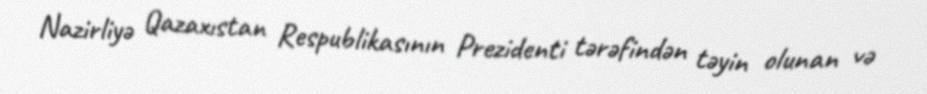
Nazirliyə Qazaxıstan Respublikasının Prezidenti tərəfindən təyin olunan və